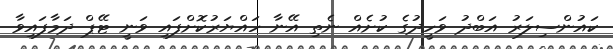
ކައުންސިލަރު އަބްދު ވަހީދުގެ ކުށެއް ނެތި އޭނާ ހައްޔަރުކޮށްފައި ވަނީ ޓޭޕް ދަމާފައިވާ